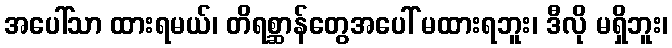
အပေါ်သာ ထားရမယ်၊ တိရစ္ဆာန်တွေအပေါ် မထားရဘူး၊ ဒီလို မရှိဘူး၊